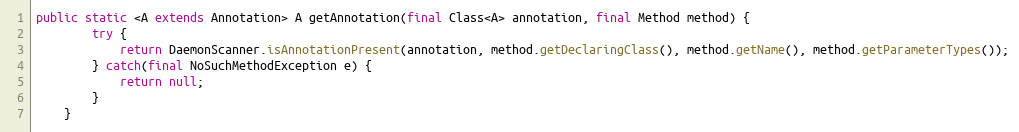
Language: Java
public static <A extends Annotation> A getAnnotation(final Class<A> annotation, final Method method) {
        try {
            return DaemonScanner.isAnnotationPresent(annotation, method.getDeclaringClass(), method.getName(), method.getParameterTypes());
        } catch(final NoSuchMethodException e) {
            return null;
        }
    }